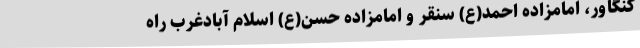
کنگاور، امامزاده احمد(ع) سنقر و امامزاده حسن(ع) اسلام آبادغرب راه